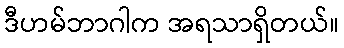
ဒီဟမ်ဘာဂါက အရသာရှိတယ်။